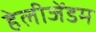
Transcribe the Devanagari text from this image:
हेलीजेंडम